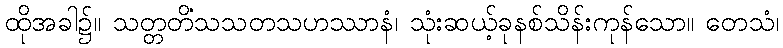
ထိုအခါ၌။ သတ္တတိံသသတသဟဿာနံ၊ သုံးဆယ့်ခုနစ်သိန်းကုန်သော။ တေသံ၊